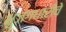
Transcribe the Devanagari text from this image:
भुजंगधारीचे